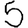
Digit: 5